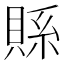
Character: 𮚇